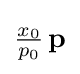
{\tfrac {x_{0}}{p_{0}}}\,\mathbf {p}